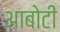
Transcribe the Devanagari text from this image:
आबोटी